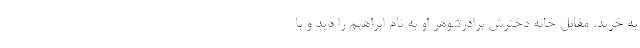
به خرید، مقابل خانه دخترش برادرشوهر او به نام ابراهیم را دید و با